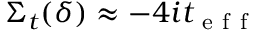
\Sigma _ { t } ( \delta ) \approx - 4 i t _ { \mathrm { ~ e ~ f ~ f ~ } }